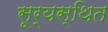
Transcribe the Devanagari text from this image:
सूर्यस्थित